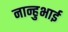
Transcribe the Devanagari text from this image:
नान्हुभाई